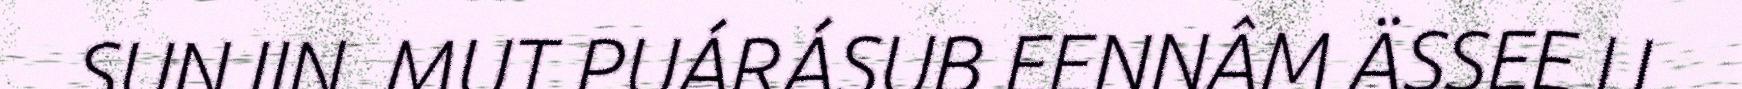
SUNJIN. MUT PUÁRÁSUB EENNÂM ÄSSEE IJ